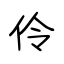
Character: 伶